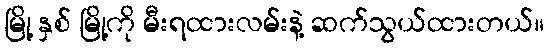
မြို့ နှစ် မြို့ကို မီးရထားလမ်းနဲ့ ဆက်သွယ်ထားတယ်။